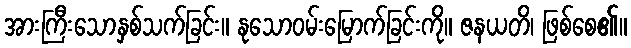
အားကြီးသောနှစ်သက်ခြင်း။ နုသောဝမ်းမြောက်ခြင်းကို။ ဇနယတိ၊ ဖြစ်စေ၏။